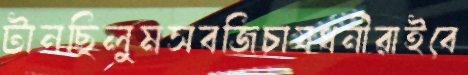
টানছিলুমসবজিচাষধনীরাইবে